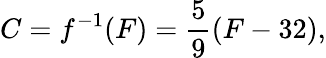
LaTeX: C=f^{-1}(F)={\frac{5}{9}}(F-32),